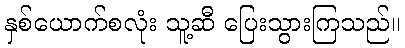
နှစ်ယောက်စလုံး သူ့ဆီ ပြေးသွားကြသည်။